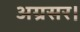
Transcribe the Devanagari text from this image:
अग्रसर।